Problem: 5 × 4 = ?
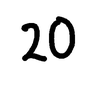
Handwritten answer: 20